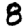
Digit: 8